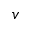
v